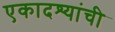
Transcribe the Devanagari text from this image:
एकादश्यांची